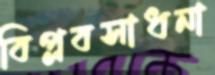
বিপ্লবসাধনা